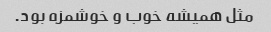
مثل همیشه خوب و خوشمزه بود.